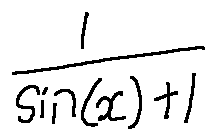
\frac { 1 } { \sin ( x ) + 1 }